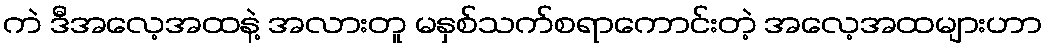
ကဲ ဒီအလေ့အထနဲ့ အလားတူ မနှစ်သက်စရာကောင်းတဲ့ အလေ့အထများဟာ